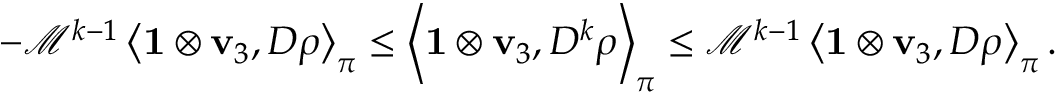
- \mathcal { M } ^ { k - 1 } \left\langle \mathbf { 1 } \otimes \mathbf { v } _ { 3 } , D \boldsymbol \rho \right\rangle _ { \boldsymbol \pi } \leq \left\langle \mathbf { 1 } \otimes \mathbf { v } _ { 3 } , D ^ { k } \boldsymbol \rho \right\rangle _ { \boldsymbol \pi } \leq \mathcal { M } ^ { k - 1 } \left\langle \mathbf { 1 } \otimes \mathbf { v } _ { 3 } , D \boldsymbol \rho \right\rangle _ { \boldsymbol \pi } .